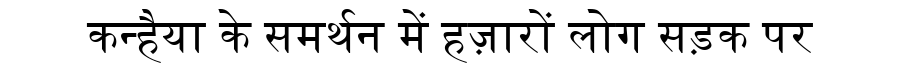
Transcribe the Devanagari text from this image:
कन्हैया के समर्थन में हज़ारों लोग सड़क पर